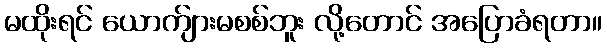
မထိုးရင် ယောက်ျားမစစ်ဘူး လို့တောင် အပြောခံရတာ။